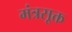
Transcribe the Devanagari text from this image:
मंत्रसूक्त